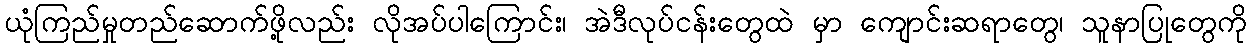
ယုံကြည်မှုတည်ဆောက်ဖို့လည်း လိုအပ်ပါကြောင်း၊ အဲဒီလုပ်ငန်းတွေထဲ မှာ ကျောင်းဆရာတွေ၊ သူနာပြုတွေကို